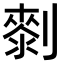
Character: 𠟴